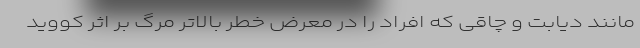
مانند دیابت و چاقی که افراد را در معرض خطر بالاتر مرگ بر اثر کووید